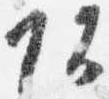
頭